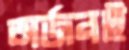
অর্জনই